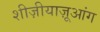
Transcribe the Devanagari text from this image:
शीज़ीयाज़ूआंग